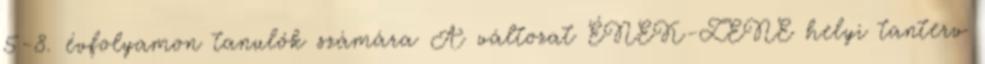
5-8. évfolyamon tanulók számára A változat ÉNEK-ZENE helyi tanterv